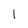
Character: l